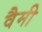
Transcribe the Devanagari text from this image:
वैमी